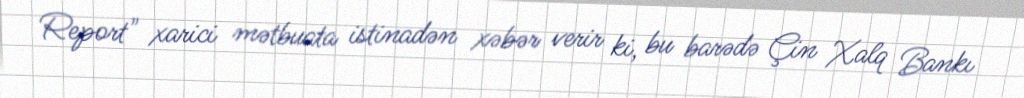
Report" xarici mətbuata istinadən xəbər verir ki, bu barədə Çin Xalq Bankı